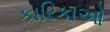
કારિકાઓ